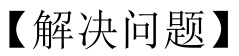
【解决问题】